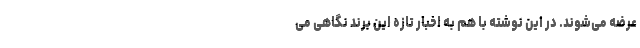
عرضه می‌شوند. در این نوشته با هم به اخبار تازه این برند نگاهی می‌